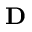
\bf { D }